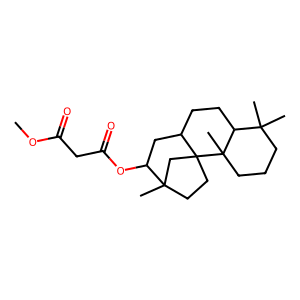
SMILES: COC(=O)CC(=O)OC1CC2CCC3C(C)(C)CCCC3(C)C23CCC1(C)C3
Inhibits HIV replication: No